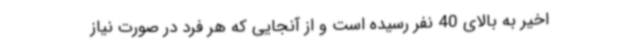
اخیر به بالای 40 نفر رسیده است و از آنجایی که هر فرد در صورت نیاز